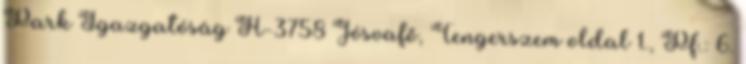
Park Igazgatóság H-3758 Jósvafő, Tengerszem oldal 1., Pf.: 6.